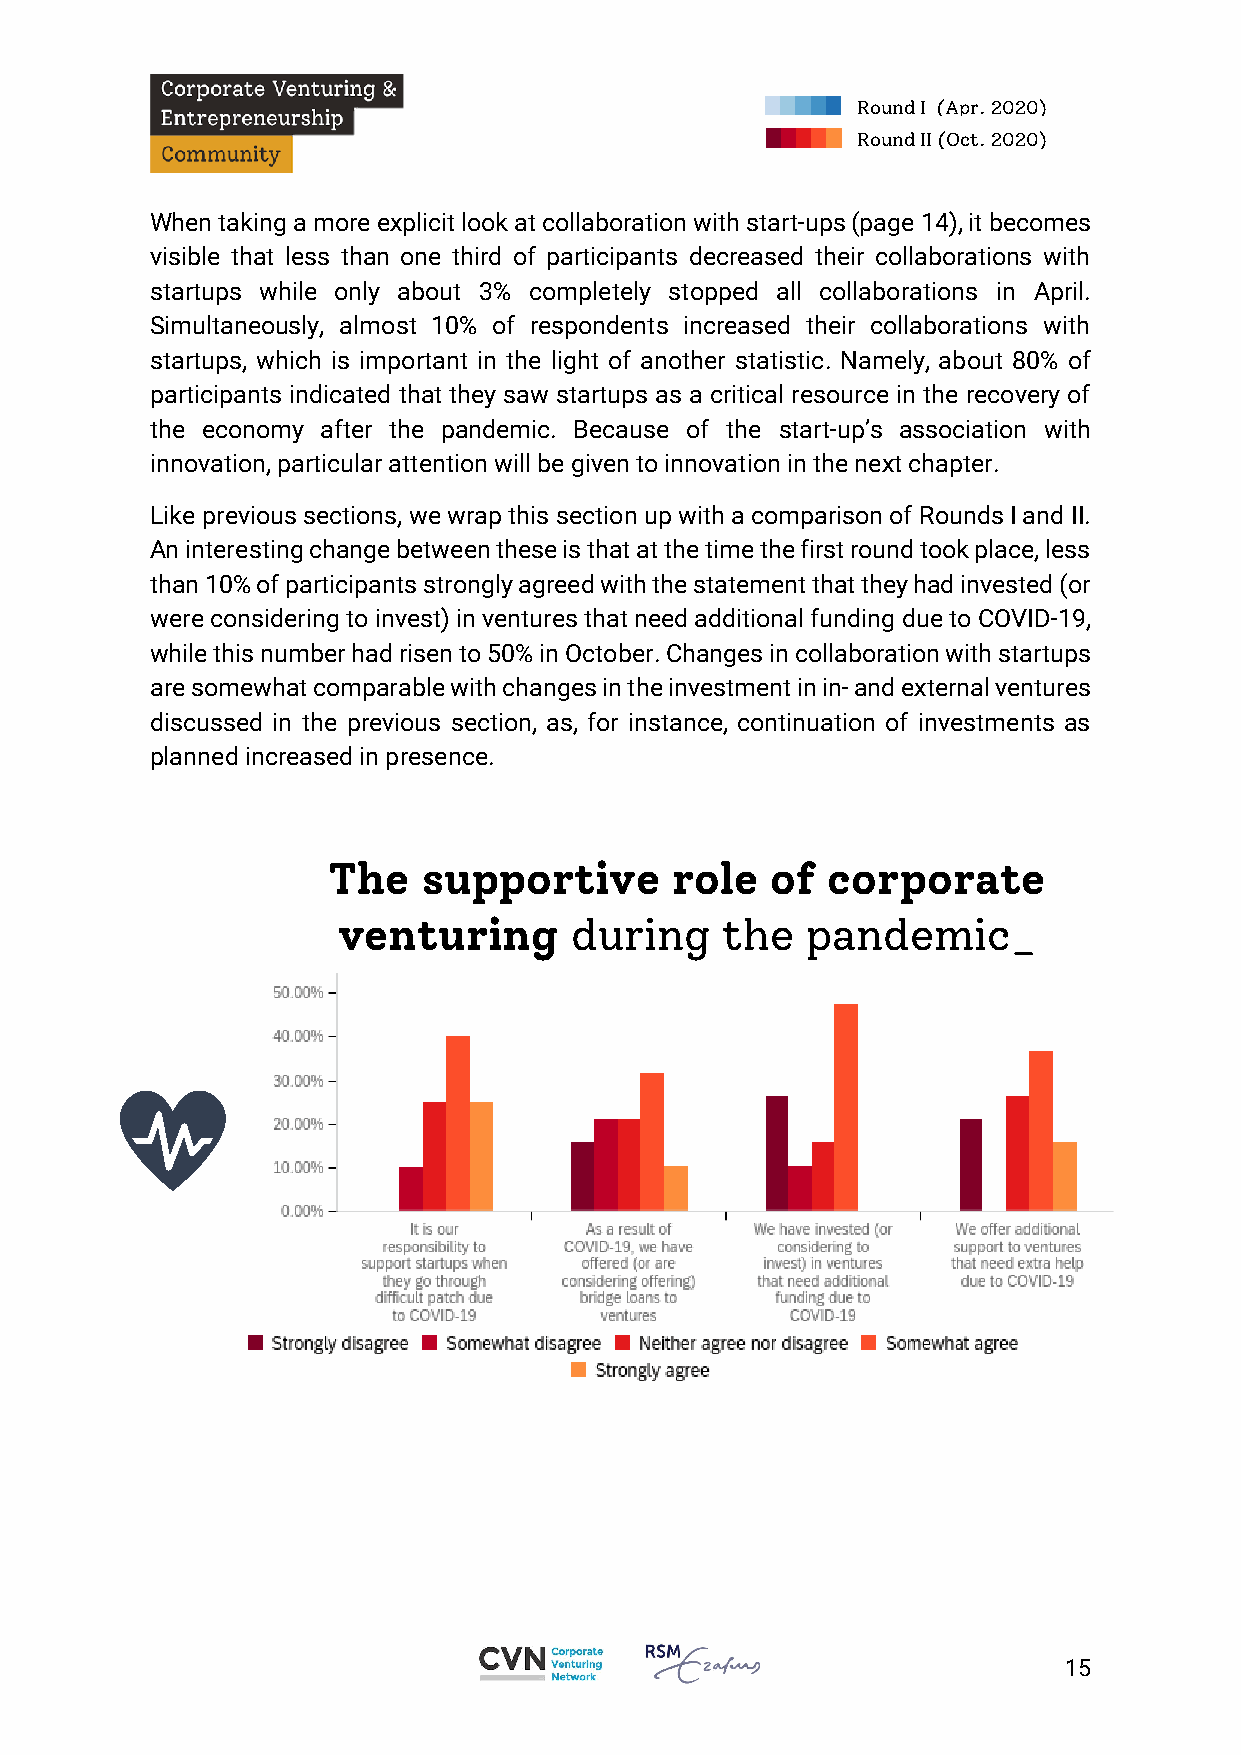
Round I (Apr. 2020)
 Round II (Oct. 2020)
 When taking a more explicit look at collaboration with start-ups (page 14), it becomes
 visible that less than one third of participants decreased their collaborations with
 startups while only about 3% completely stopped all collaborations in April.
 Simultaneously, almost 10% of respondents increased their collaborations with
 startups, which is important in the light of another statistic. Namely, about 80% of
 participants indicated that they saw startups as a critical resource in the recovery of
 the economy after the pandemic. Because of the start-up’s association with
 innovation, particular attention will be given to innovation in the next chapter.
 Like previous sections, we wrap this section up with a comparison of Rounds I and II.
 An interesting change between these is that at the time the first round took place, less
 than 10% of participants strongly agreed with the statement that they had invested (or
 were considering to invest) in ventures that need additional funding due to COVID-19,
 while this number had risen to 50% in October. Changes in collaboration with startups
 are somewhat comparable with changes in the investment in in- and external ventures
 discussed in the previous section, as, for instance, continuation of investments as
 planned increased in presence.
 The   supportive       role  of  corporate
 venturing       during    the  pandemic_
 15